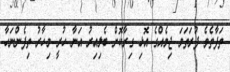
ތަފާތެވެ ފުރަތަމަ ޖިމެއްގެ އޮޅި ގިރާކޮށް ބެލިއިރު އަނާ ހުރީ މިހާރު ތިފެންނަހާ